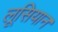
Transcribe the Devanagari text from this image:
लूसियान